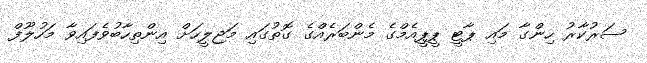
ސަރުކާރު ހިންގާ މައި ޕާޓީ ޕީޕީއެމްގެ މެންބަރެއްގެ ގޮތުގައި މަޖިލީހަށް އިންތިހާބުވެފައިވާ މަހުލޫފް